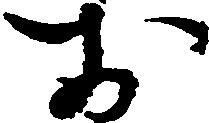
お